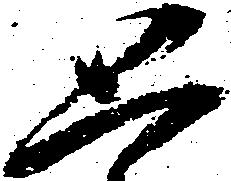
思